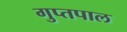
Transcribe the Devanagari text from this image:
गुप्तपाल